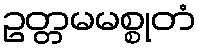
ဥတ္တမမစ္စုတံ